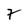
Character: 7